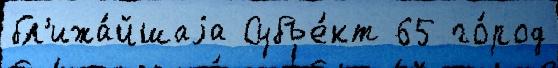
бл'ижа́йшаjа Субъе́кт 65 го́род